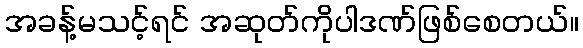
အခန့်မသင့်ရင် အဆုတ်ကိုပါဒဏ်ဖြစ်စေတယ်။